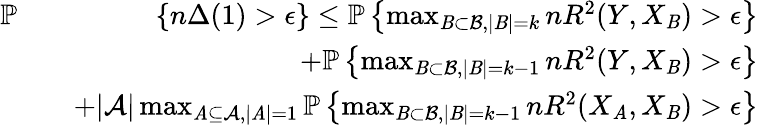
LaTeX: \begin{array}{rlr}{\mathbb{P}}&{}&{\left\{ n\Delta(1)>\epsilon\right\} \leq\mathbb{P}\left\{ \operatorname*{max}_{\mathit{B}\subset\mathcal{B},|\mathit{B}|=k}nR^{2}(Y,X_{\mathit{B}})>\epsilon\right\} }\\ &{}&{+\mathbb{P}\left\{ \operatorname*{max}_{\mathit{B}\subset\mathcal{B},|\mathit{B}|=k-1}nR^{2}(Y,X_{\mathit{B}})>\epsilon\right\} }\\ &{}&{+|\mathcal{A}|\operatorname*{max}_{\mathit{A}\subseteq\mathcal{A},|\mathit{A}|=1}\mathbb{P}\left\{ \operatorname*{max}_{\mathit{B}\subset\mathcal{B},|\mathit{B}|=k-1}nR^{2}(X_{\mathit{A}},X_{\mathit{B}})>\epsilon\right\} }\end{array}